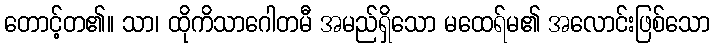
တောင့်တ၏။ သာ၊ ထိုကိသာဂေါတမီ အမည်ရှိသော မထေရ်မ၏ အလောင်းဖြစ်သော